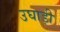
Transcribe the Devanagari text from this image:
उघाड़ी